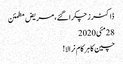
ڈاکٹرز چکرا گئے، مریض مطمئن
28مئی2020
چین کا ہر کام نرالا!